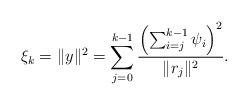
LaTeX: \begin{align*}\xi_{k}=\|y\|^{2}=\sum_{j=0}^{k-1}\frac{\left(\sum_{i=j}^{k-1}\psi_{i}\right)^{2}}{\|r_{j}\|^{2}}.\end{align*}